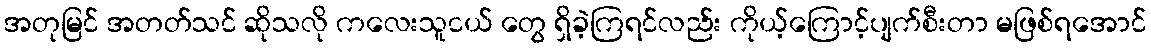
အတုမြင် အတတ်သင် ဆိုသလို ကလေးသူငယ် တွေ ရှိခဲ့ကြရင်လည်း ကိုယ့်ကြောင့်ပျက်စီးတာ မဖြစ်ရအောင်